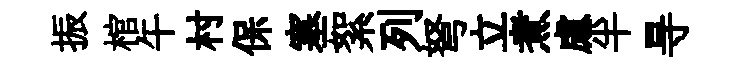
振棺午村保塞絮列弩立煮慮半㝵